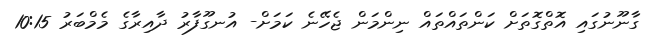
ގާނޫނުގައި އޮތްގޮތަށް ކަންތައްތައް ނިންމަން ޖެހޭނެ ކަމަށް- އުނގޫފާރު ދާއިރާގެ މެމްބަރު 10:15